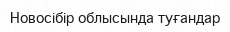
Новосібір облысында туғандар